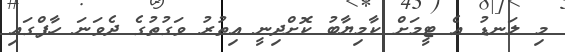
މި ލަނޑު އެ ޓީމަށް ކާމިޔާބު ކޮށްދިނީ އިތުރު ވަގުތުގެ ދެވަނަ ހާފްގައި